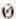
0